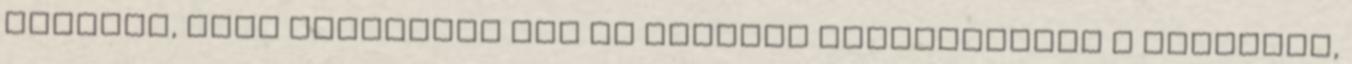
jönnünk, hogy valójában nem is annyira egyértelműek a válaszok,